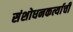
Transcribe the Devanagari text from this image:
संशोधनकर्त्याची